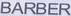
BARBER